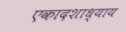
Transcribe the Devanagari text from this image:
एकादशाध्याय